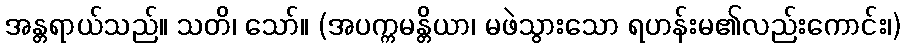
အန္တရာယ်သည်။ သတိ၊ သော်။ (အပက္ကမန္တိယာ၊ မဖဲသွားသော ရဟန်းမ၏လည်းကောင်း၊)